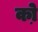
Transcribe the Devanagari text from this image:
को़